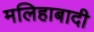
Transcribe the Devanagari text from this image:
मलिहाबादी